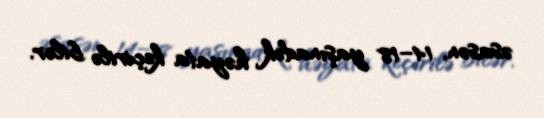
əsasən, 14–18 yaşınadək həyata keçirilə bilər.